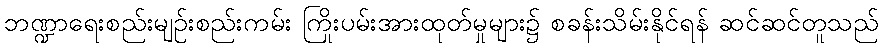
ဘဏ္ဍာရေးစည်းမျဉ်းစည်းကမ်း ကြိုးပမ်းအားထုတ်မှုများ၌ စခန်းသိမ်းနိုင်ရန် ဆင်ဆင်တူသည်